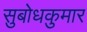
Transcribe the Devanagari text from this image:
सुबोधकुमार